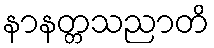
နာနတ္တသညာတိ